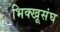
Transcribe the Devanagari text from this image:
भिक्खूसंघ